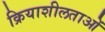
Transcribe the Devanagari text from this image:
क्रियाशीलताओं